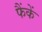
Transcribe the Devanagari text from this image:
फैंकें